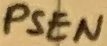
Text: PSEN